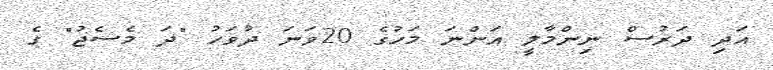
އަދި ދަރުސް ނިންމާލީ އަންނަ މަހުގެ 20ވަނަ ދުވަހު "ދަ މެސެޖު" ގެ